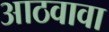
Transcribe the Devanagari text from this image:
आठवावा